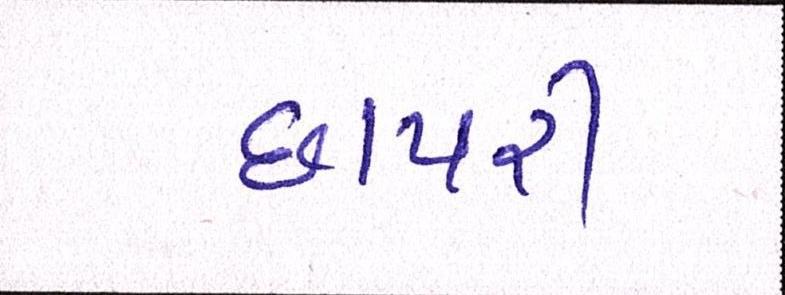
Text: છાપરી